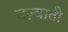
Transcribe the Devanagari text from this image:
जज़्बाती